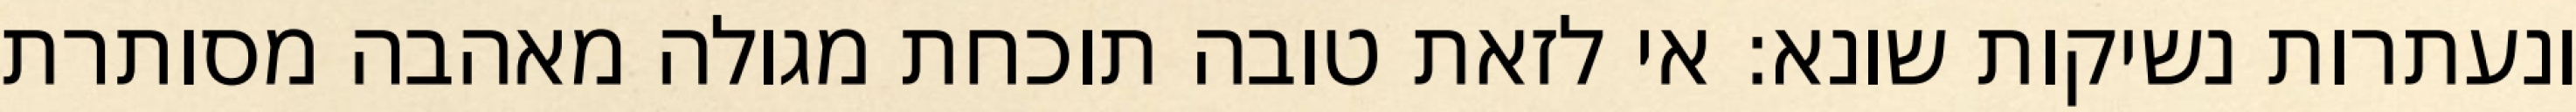
ונעתרות נשיקות שונא: אי לזאת טובה תוכחת מגולה מאהבה מסותרת